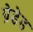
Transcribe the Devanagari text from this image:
ग्रेडेड